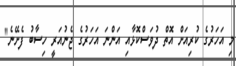
މި އަހަރުގެ ކުރިއަށް އޮތް ދުވަސްކޮޅާއި އަންނަ އަހަރުގެ ޖެނުއަރީ ހިސާބު ފެށޭނެ"